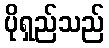
ပိုရှည်သည်